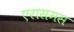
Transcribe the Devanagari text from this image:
एरासमस